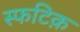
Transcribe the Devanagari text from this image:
स्फटिक़